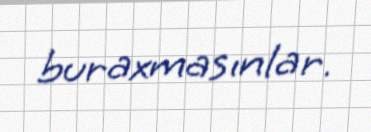
buraxmasınlar.